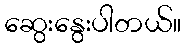
ဆွေးနွေးပါတယ်။